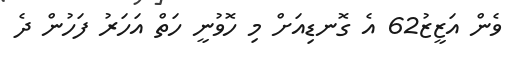
ވެން އަޒީޒު62 އެ ގޮނޑިއަށް މި ހޮވުނީ ހަތް އަހަރު ފަހުން ދެ